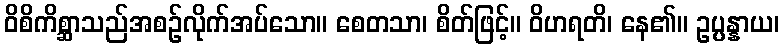
ဝိစိကိစ္ဆာသည်အစဉ်လိုက်အပ်သော။ စေတသာ၊ စိတ်ဖြင့်။ ဝိဟရတိ၊ နေ၏။ ဥပ္ပန္နာယ၊